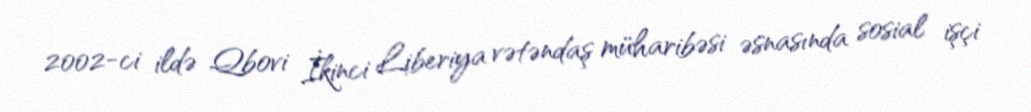
2002-ci ildə Qbovi İkinci Liberiya vətəndaş müharibəsi əsnasında sosial işçi